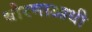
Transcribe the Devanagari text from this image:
धोरणाआधी